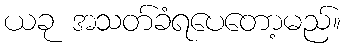
ယခု အသတ်ခံရပေတော့မည်။